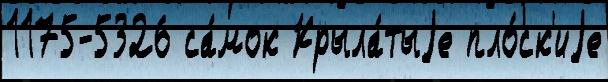
1175-5326 са́мок Крыла́тыjе пло́ск'иjе